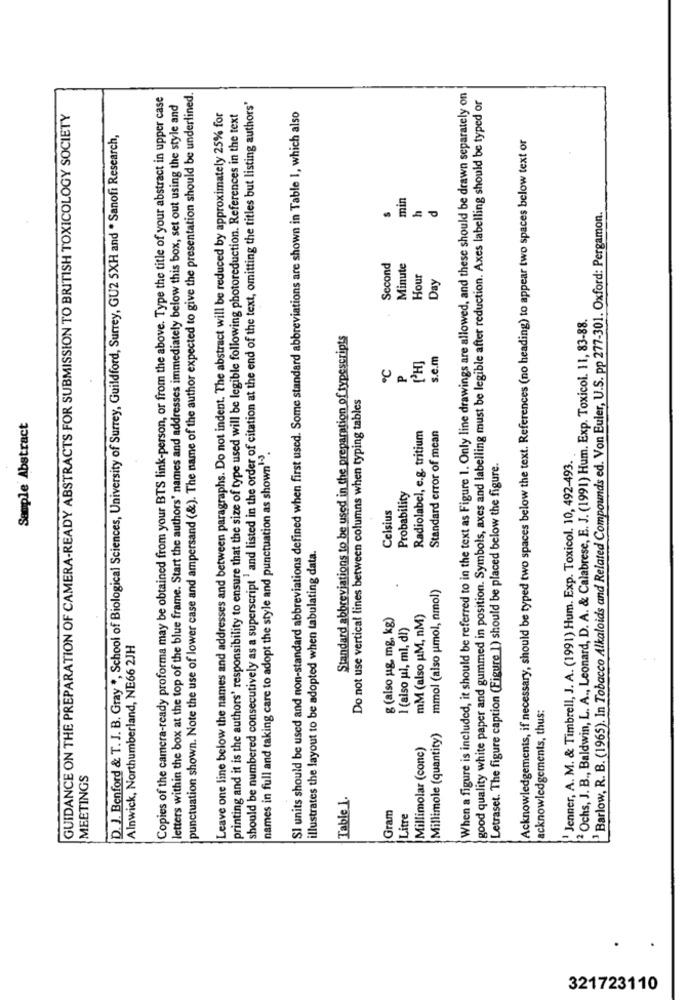
Copies of the camera-ready proforma may be obtained from your BTS link-person, or from the above. Type the title of your abstract in upper case
punctuation shown. Note the use of lower case and ampersand (&). The name of the author expected to give the presentation should be underlined.
When a figure is included, it should be referred to in the text as Figure 1. Only line drawings are allowed, and these should be drawn separately on
good quality white paper and gummed in position. Symbols, axes and labelling must be legible after reduction. Axes labelling should be typed or
letters within the box at the top of the blue frame. Start the authors' names and addresses immediately below this box, set out using the style and
should be numbered consecutively as a superscript ' and listed in the order of citation at the end of the text, omitting the titles but listing authors'
GUIDANCE ON THE PREPARATION OF CAMERA-READY ABSTRACTS FOR SUBMISSION TO BRITISH TOXICOLOGY SOCIETY
Leave one line below the names and addresses and between paragraphs. Do not indent. The abstract will be reduced by approximately 25% for
printing and it is the authors' responsibility to ensure that the size of type used will be legible following photoreduction. References in the text
SI units should be used and non-standard abbreviations defined when first used. Some standard abbreviations are shown in Table 1, which also
D. J. Benford & T. J. B. Gray ", School of Biological Sciences, University of Surrey, Guildford, Surrey, GU2 5XH and * Sanofi Research,
Acknowledgements, if necessary, should be typed two spaces below the text. References (no heading) to appear two spaces below text or
min
h
'Barlow, R. B. (1965). In Tobacco Alkaloids and Related Compounds ed. Von Euler, U.S. pp 277-301. Oxford: Pergamon.
Second
Minute
Hour
Day
2 Ochs, J. B ., Baldwin, L. A ., Leonard, D. A. & Calabrese, E. J. (1991) Hum. Exp. Toxicol. 11, 83-88.
Standard abbreviations to be used in the preparation of typescripts
s.c.m
P
Do not use vertical lines between columns when typing tables
Sample Abstract
Radiolabel, e.g. tritium
Standard error of mean
names in full and taking care to adopt the style and punctuation as shown".
Letraset. The figure caption (Figure 1) should be placed below the figure.
"Jenner, A. M. & Timbrell, J. A. (1991) Hum. Exp. Toxicol. 10, 492-493.
Probability
Celsius
illustrates the layout to be adopted when tabulating data.
mmol (also umol, nmol)
g (also ug, mg, kg)
mM (also uM, nM)
I (also ul, ml, di)
Alnwick, Northumberland, NE66 2JH
acknowledgements, thus:
Millimole (quantity)
Millimolar (conc)
MEETINGS
Table 1.
Gram
Litre
321723110